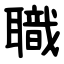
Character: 職